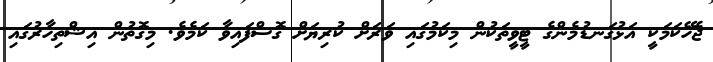
ޖެހޭކަމަކީ އަޅުގަނޑުމެންގެ ޓީވީތަކުން މިކަމުގައި ވަރަށް ކުރިޔަށް ގޮސްފައިވާ ކަމެވެ. މިގޮތުން އިޝްތިހާރުގައި